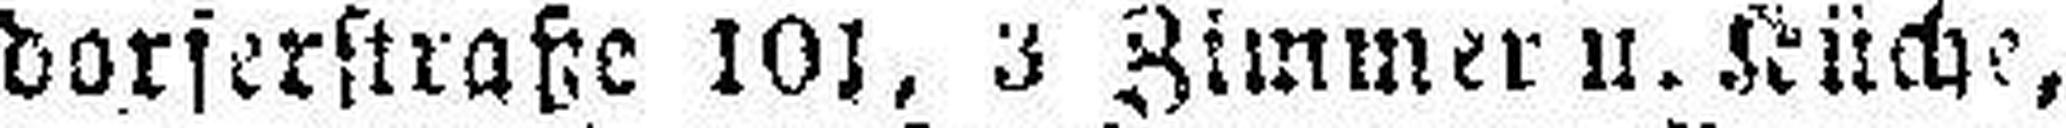
dorferstraße 101, 3 Zimmer u. Küche,